Indian journal of veterinary science and animal husbandry - Volume 11,
Year: 1941
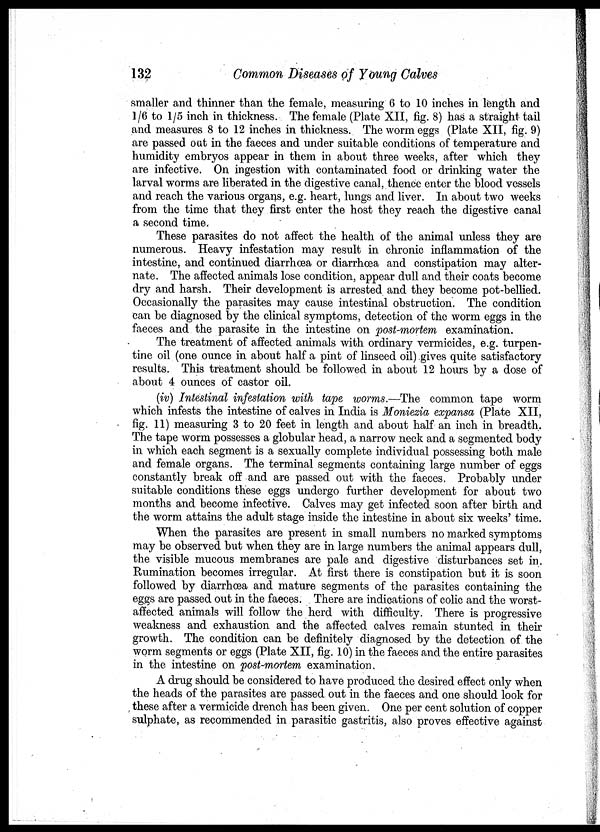
132
Common Diseases of Young Calves
smaller and thinner than the female, measuring 6 to 10 inches in length and
1/6 to 1/5 inch in thickness. The female (Plate XII, fig. 8) has a straight tail
and measures 8 to 12 inches in thickness. The worm eggs (Plate XII, fig. 9)
are passed out in the faeces and under suitable conditions of temperature and
humidity embryos appear in them in about three weeks, after which they
are infective. On ingestion with contaminated food or drinking water the
larval worms are liberated in the digestive canal, thence enter the blood vessels
and reach the various organs, e.g. heart, lungs and liver. In about two weeks
from the time that they first enter the host they reach the digestive canal
a second time.
These parasites do not affect the health of the animal unless they are
numerous. Heavy infestation may result in chronic inflammation of the
intestine, and continued diarrhœa or diarrhœa and constipation may alter-
nate. The affected animals lose condition, appear dull and their coats become
dry and harsh. Their development is arrested and they become pot-bellied.
Occasionally the parasites may cause intestinal obstruction. The condition
can be diagnosed by the clinical symptoms, detection of the worm eggs in the
faeces and the parasite in the intestine on post-mortem examination.
The treatment of affected animals with ordinary vermicides, e.g. turpen-
tine oil (one ounce in about half a pint of linseed oil) gives quite satisfactory
results. This treatment should be followed in about 12 hours by a dose of
about 4 ounces of castor oil.
(iv) Intestinal infestation with tape worms.—The common tape worm
which infests the intestine of calves in India is Moniezia expansa (Plate XII,
fig. 11) measuring 3 to 20 feet in length and about half an inch in breadth.
The tape worm possesses a globular head, a narrow neck and a segmented body
in which each segment is a sexually complete individual possessing both male
and female organs. The terminal segments containing large number of eggs
constantly break off and are passed out with the faeces. Probably under
suitable conditions these eggs undergo further development for about two
months and become infective. Calves may get infected soon after birth and
the worm attains the adult stage inside the intestine in about six weeks' time.
When the parasites are present in small numbers no marked symptoms
may be observed but when they are in large numbers the animal appears dull,
the visible mucous membranes are pale and digestive disturbances set in.
Rumination becomes irregular. At first there is constipation but it is soon
followed by diarrhœa and mature segments of the parasites containing the
eggs are passed out in the faeces. There are indications of colic and the worst-
affected animals will follow the herd with difficulty. There is progressive
weakness and exhaustion and the affected calves remain stunted in their
growth. The condition can be definitely diagnosed by the detection of the
worm segments or eggs (Plate XII, fig. 10) in the faeces and the entire parasites
in the intestine on post-mortem examination.
A drug should be considered to have produced the desired effect only when
the heads of the parasites are passed out in the faeces and one should look for
these after a vermicide drench has been given. One per cent solution of copper
sulphate, as recommended in parasitic gastritis, also proves effective against